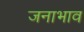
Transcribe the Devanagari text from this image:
जनाभाव